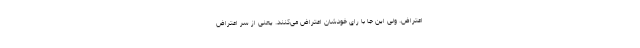
اعتراض. ولی این جا با رای خودشان اعتراض می‌کنند. یعنی از سر اعتراض